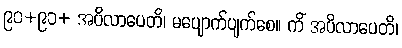
၉၀+၉၁+ အပိလာပေတိ၊ မပျောက်ပျက်စေ။ ကိံ အပိလာပေတိ၊